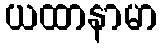
ယထာနာမာ